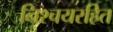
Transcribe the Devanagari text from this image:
निश्चयरहित